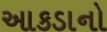
આકડાનો